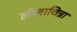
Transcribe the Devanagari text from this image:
लीलाचित्रा